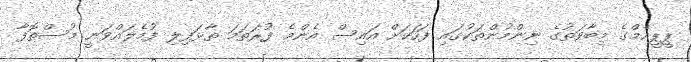
ޕީީޕީއެމްގެ މިބާވަތުގެ ނިންމުންތަކުގައި ފަހަކަށް އައިސް އެންމެ ފުރަތަމަ ތާޅަފިލި ފުމެލައްވަނީ މުސްތޮފާ